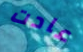
عادت